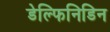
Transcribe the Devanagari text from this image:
डेल्फिनिडिन